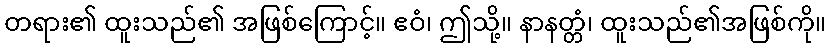
တရား၏ ထူးသည်၏ အဖြစ်ကြောင့်။ ဧဝံ၊ ဤသို့။ နာနတ္တံ၊ ထူးသည်၏အဖြစ်ကို။